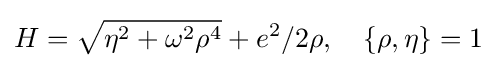
H={\sqrt {\eta ^{2}+\omega ^{2}\rho ^{4}}}+e^{2}/2\rho ,\ \ \ \{\rho ,\eta \}=1